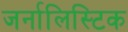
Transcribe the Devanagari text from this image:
जर्नालिस्टिक